Vital statistics of India. Vol. IV, Annual returns from 1871 to 1876. British Army of India, Native Army and jails of Bengal
Year: 1871
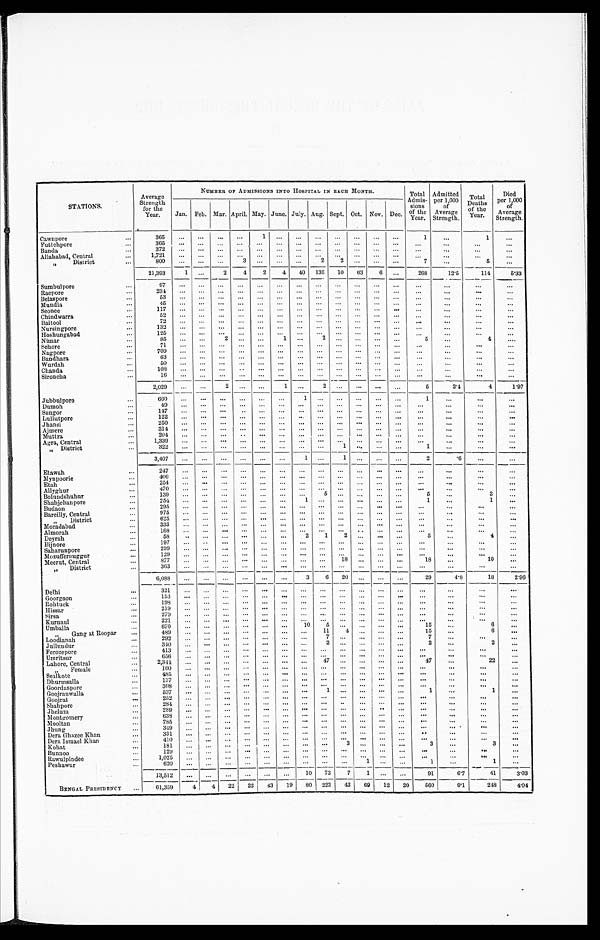
STATIONS.
Average
Strength
for the
Year.
NUMBER OF ADMISSIONS INTO HOSPITAL IN BACH MONTH.
Total
Admis-
sions of the
Year.
Admitted
per 1, 000 of Average St rengt h.
Total
Deaths
of the
Year.
Died
per 1, 000 of Average St rengt h.
Jan. Feb. Mar. April. May. June. July. Aug. Sept. Oct. Nov. Dec.
Cawnpore . . .
365
. . .
. . .
. . .
. . .
1
. . .
. . .
. . .
. . .
. . .
. . .
. . .
1
. . .
1
. . .
F u t t e h p o r e . . .
3 6 5
. . . . . .
. . .
. . .
. . .
. . .
. . .
. . .
. . . . . .
. . .
. . . . . .
. . .
. . .
. . .
Banda . . .
372
. . .
. . .
. . .
. . .
. . .
. . .
. . .
. . .
. . .
. . .
. . .
. . .
. . . . . .
. . .
. . .
Allahabad, Central . . .
1 , 7 2 1
. . . . . .
. . .
. . .
. . .
. . .
. . .
. . .
. . .
. . .
. . .
. . .
. . .
. . .
. . .
. . .
" District . . .
8 0 0
. . .
. . .
. . .
3
. . .
. . .
. . .
2
2
. . .
. . .
. . .
7
. . .
5
. . .
21,393
1
. . .
2
4
2
4
40
136
10
63
6
. . .
268
12.5
114 5.33
Sumbulpore . . .
97
. . .. . .
. . .
. . .
. . .
. . .
. . .
. . .
. . .
. . .
. . .
. . .
. . .
. . .
. . .
. . .
R a e p o r e . . .
2 3 4
. . .. . .
. . .
. . .
. . .
. . .
. . .
. . .
. . .
. . .
. . .
. . .
. . .
. . .
. . .
. . .
Belaspore . . .
5 3
. . .. . .
. . .
. . .
. . .
. . .
. . .
. . .
. . .
. . .
. . .
. . .
. . .
. . .
. . .
. . .
Mundla . . .
4 5
. . .. . .
. . .
. . .
. . .
. . .
. . .
. . .
. . .
. . .
. . .
. . .
. . .
. . .
. . .
. . .
Seonee . . .
1 1 7
. . .. . .
. . .
. . .
. . .
. . .
. . .
. . .
. . .
. . . . . .
. . .
. . . . . .
. . .
. . .
Chindwarra . . .
5 2
. . .. . .
. . .
. . .
. . .
. . .
. . .
. . .
. . .
. . .
. . .
. . .
. . .
. . .
. . .
. . .
Baitool . . .
7 2
. . .. . .
. . .
. . .
. . .
. . .
. . .
. . .
. . .
. . .
. . .
. . .
. . .
. . .
. . .
. . .
Nursingpore . . .
1 3 2
. . .. . .
. . .
. . .
. . .
. . .
. . .
. . .
. . .
. . .
. . .
. . .
. . . . . .
. . .
. . .
Hoshungabad . . .
1 2 5
. . .. . .
. . .
. . .
. . .
. . .
. . .
. . .
. . .
. . .
. . .
. . .
. . .
. . .
. . .
. . .
Nimar . . .
8 5
. . .. . .
2
. . .
. . .
1
. . .
2
. . .
. . .
. . .
. . .
5
. . .
4
. . .
Sehore . . .
7 1
. . .. . .
. . .
. . .
. . .
. . .
. . .
. . .
. . .
. . .
. . .
. . .
. . .
. . .
. . .
. . .
Nagpore . . .
7 0 9
. . .. . .
. . .
. . .
. . .
. . .
. . .
. . .
. . .
. . .
. . .
. . .
. . .
. . .
. . .
. . .
Bandhara . . .
6 3
. . .. . .
. . .
. . .
. . .
. . .
. . .
. . .
. . .
. . .
. . .
. . .
. . . . . .
. . .
. . .
W u r d a h . . .
5 0
. . .. . .
. . .
. . .
. . .
. . .
. . .
. . .
. . .
. . .
. . .
. . .
. . .
. . .
. . .
. . .
Chanda . . .
1 0 8
. . .. . .
. . .
. . .
. . .
. . .
. . .
. . .
. . .
. . .
. . .
. . .
. . . . . .
. . .
. . .
Sironcha . . .
1 6
. . .. . .
. . .
. . .
. . .
. . .
. . .
. . .
. . .
. . .
. . .
. . .
. . .
. . .
. . .
. . .
2 , 2 0 9
. . .
. . . 2
. . .
. . .
1
. . .
2
. . .
. . .
. . .
. . .
5
2.4
4
1 . 9 7
Jubbulpore . . .
6 6 0
. . .. . .
. . .
. . .
. . .
. . .
1
. . .
. . .
. . .
. . .
. . .
1
. . .
. . .
. . .
Dumoh . . .
4 9
. . .. . .
. . .
. . .
. . .
. . .
. . .
. . .
. . .
. . .
. . .
. . .
. . .
. . .
. . .
. . .
S a u g o r . . .
1 4 7
. . .. . .
. . .
. . .
. . .
. . .
. . .
. . .
. . .
. . .
. . .
. . . . . .
. . .
. . .
. . .
1 2 2
. . .. . .
. . .
. . .
. . .
. . .
. . .
. . .
. . .. . .
. . .
. . .
. . .
. . .
. . .
. . .
Lullutpore . . .
Jhansi . . .
2 5 0
. . .. . .
. . .
. . .
. . .
. . .
. . .
. . .
. . .. . .
. . .
. . . . . .
. . .
. . .
. . .
Ajmere . . .
3 1 4
. . .. . .
. . .
. . .
. . .
. . .
. . .
. . .
. . .. . .
. . .
. . .
. . .
. . .
. . .
. . .
Muttra . . .
2 0 4
. . .. . .
. . .
. . .
. . .
. . .
. . .
. . .
. . .. . .
. . .
. . .
. . . . . .
. . .
. . .
Agra, Central
1 , 3 3 9
. . .. . .
. . .
. . .
. . .
. . .
. . .
. . .
. . .. . .
. . .
. . .
. . .
. . .
. . .
. . .
" District . . .
3 2 2
. . .. . .
. . .
. . .
. . .
. . .
. . .
. . .
1 . . .
. . .
. . .
1
. . .
. . .
. . .
3,407
. . .
. . .
. . .
. . .
. . .
. . .
1
. . .
1
. . .
. . .
. . .
2
.6
. . .
. . .
Etawah . . .
2 4 7
. . .
. . . . . .
. . .
. . .
. . .
. . .
. . .
. . .
. . .
. . .
. . .
. . .
. . .
. . .
. . .
4 0 6
. . .
. . . . . .
. . .
. . .
. . .
. . .
. . .
. . .
. . .
. . .
. . .
. . .
. . .
. . .
. . .
M y n p o o r i e . . .
2 5 4
. . .
. . . . . .
. . .
. . .
. . .
. . .
. . .
. . . . . .
. . .
. . .
. . . . . .
. . .
. . .
Etah . . .
4 7 0
. . .
. . . . . .
. . .
. . .
. . .
. . .
. . .
. . . . . .
. . .
. . .
. . .
. . .
. . .
. . .
Allyghur . . .
1 3 9
. . .
. . . . . .
. . .
. . .
. . .
. . .
5
. . . . . .
. . .
. . .
5 . . .
3
. . .
Bolundshuhur . . .
2 5 4
. . .
. . . . . .
. . .
. . .
. . .
1
. . .
. . .
. . .
. . .
. . .
1
. . .
1
. . .
Shahjehnpore . . .
2 9 5
. . .
. . . . . .
. . .
. . .
. . .
. . .
. . .
. . .
. . .
. . .
. . .
. . .
. . .
. . . . . .
Budaon . . .
9 7 5
. . .
. . . . . .
. . .
. . .
. . .
. . .
. . .
. . .
. . .
. . .
. . .
. . .
. . .
. . .
. . .
Bareilly, Central . . .
6 2 5
. . .
. . . . . .
. . .
. . .
. . .
. . .
. . .
. . .
. . .
. . .
. . .
. . .
. . .
. . .
. . .
" District . . .
3 3 3
. . .
. . . . . .
. . .
. . .
. . .
. . .
. . .
. . .
. . .
. . .
. . .
. . . . . .
. . .
. . .
Moradabad . . .
Almorah . . .
1 6 8
. . .
. . . . . .
. . .
. . .
. . .
. . .
. . .
. . . . . .
. . .
. . .
. . .
. . .
. . .
. . .
Deyrah . . .
58
. . .
. . .
. . .
. . .
. . .
. . .
2
1
2
. . .
. . .
. . .
5
. . .
4
. . .
1 9 7
. . .
. . .. . .
. . .
. . .
. . .
. . .
. . .
. . . . . .
. . .
. . .
. . .
. . .
. . .
. . .
Bijnore . . .
2 9 9
. . .
. . .. . .
. . .
. . .
. . .
. . .
. . .
. . .
. . .
. . .
. . .
. . .
. . .
. . .
. . .
Saharunpore . . .
1 2 9
. . .
. . .. . .
. . .
. . .
. . .
. . .
. . .
. . . . . .
. . .
. . .
. . .
. . .
. . .
. . .
Mozuffernuggur . . .
8 7 7
. . .
. . .. . .
. . .
. . .
. . .
. . .
. . .
18
. . .
. . .
. . .
18
. . .
10
. . .
Meerut, Central . . .
" District
. . . 363
. . .
. . .. . .
. . .
. . .
. . .
. . .
. . .
. . . . . .
. . .
. . .
. . .
. . .
. . .
. . .
6 , 0 8 8
. . .
. . .. . .
. . .
. . .
. . .
3
6
2 0
. . .
. . .
. . .
29
4.8
18
2 . 9 6
Delhi . . .
3 2 1
. . .
. . .. . .
. . .. . .
. . .
. . .
. . .
. . .. . .
. . .
. . .
. . .
. . .
. . .
. . .
Goorgaon . . .
1 5 3
. . .
. . .. . .
. . .. . .
. . .
. . .
. . .
. . .. . .
. . .
. . .
. . .
. . . . . .
. . .
R o h t u c k . . .
1 9 8
. . .
. . .. . .
. . .. . .
. . .
. . .
. . .
. . .. . .
. . .
. . .
. . . . . .
. . .
. . .
Hissar . . .
2 1 9
. . .
. . .. . .
. . .
. . .
. . .
. . .
. . .
. . .
. . .
. . .
. . . . . .
. . .
. . .
. . .
Sirsa . . .
2 7 9
. . .
. . .. . .
. . . . . .
. . .
. . .
. . .
. . . . . .
. . .
. . .
. . .
. . .
. . .
. . .
Kurnaul . . .
2 2 1
. . .
. . .. . .
. . . . . .
. . .
. . .
. . .
. . . . . .
. . .
. . .
. . . . . .
. . .
. . .
Umballa . . .
6 7 0
. . .
. . .. . .
. . . . . .
. . .
10
5
. . . . . .
. . .
. . .
15
. . .
6
. . .
" G a n g a t R o o p a r . . .
4 8 9
. . .
. . .. . .
. . . . . .
. . .
. . . 11
4 . . .
. . .
. . .
15
. . .
6
. . .
L o o d i a n a h . . .
2 9 2
. . .
. . .. . .
. . . . . .
. . .
. . .
7
. . . . . .
. . .
. . .
7
. . .
. . .
. . .
Jullundur . . .
3 4 0
. . .
. . .. . .
. . .
. . .
. . .
. . .
2
. . .
. . .
. . .
. . .
2
. . .
2
. . .
Ferozepore . . .
4 1 3
. . .
. . .. . .
. . . . . .
. . .
. . .
. . .
. . . . . .
. . .
. . .
. . .
. . .
. . .
. . .
Uinritsur . . .
6 5 6
. . .
. . .. . .
. . . . . .
. . .
. . .
. . .
. . . . . .
. . .
. . .
. . .
. . .
. . .
. . .
Lahore, Central . . .
2 , 3 4 4
. . .
. . .. . .
. . . . . .
. . .
. . .
4 7
. . . . . .
. . .
. . .
47 . . .
22
. . .
" F e m a l e . . .
1 6 0
. . .
. . .. . .
. . . . . .
. . .
. . .
. . .
. . .
. . .
. . .
. . .
. . .
. . .
. . .
. . .
Sealkote . . .
4 8 5
. . .
. . .. . .
. . . . . .
. . .
. . .
. . .
. . . . . .
. . .
. . .
. . . . . .
. . . . . .
Dhurmsalla . . .
1 3 7
. . .
. . .. . .
. . . . . .
. . .
. . .
. . .
. . . . . .
. . .
. . .
. . .
. . .
. . .
. . .
Goordaspore . . .
3 0 8
. . .
. . .. . .
. . . . . .
. . .
. . .
. . .
. . . . . .
. . .
. . . . . .
. . .
. . .
. . .
Goojranwalla . . .
5 3 7
. . .
. . .. . .
. . . . . .
. . .
. . .
1
. . . . . .
. . .
. . .
1
. . .
1
. . .
Goojrat . . .
2 5 2
. . .
. . .. . .
. . . . . .
. . .
. . .
. . .
. . . . . .
. . .
. . .
. . . . . .
. . .
. . .
Shahpore . . .
2 8 4
. . .
. . .. . .
. . . . . .
. . .
. . .
. . .
. . . . . .
. . .
. . .
. . .
. . .
. . .
. . .
Jhelum . . .
2 8 9
. . .
. . .. . .
. . . . . .
. . .
. . .
. . .
. . . . . .
. . .
. . .
. . .
. . .
. . .
. . .
Montgomery . . .
6 3 8
. . .
. . .. . .
. . . . . .
. . .
. . .
. . .
. . . . . .
. . .
. . .
. . .
. . .
. . .
. . .
Mooltan . . .
7 8 5
. . .
. . .. . .
. . . . . .
. . .
. . .
. . .
. . . . . .
. . .
. . .
. . . . . .
. . . . . .
Jhung . . .
3 4 9
. . .
. . .. . .
. . . . . .
. . .
. . .
. . .
. . . . . .
. . .
. . . . . .
. . .
. . . . . .
Dera Ghazee Khan . . .
3 3 1
. . .
. . .. . .
. . . . . .
. . .
. . .
. . .
. . . . . .
. . .
. . .
. . .
. . .
. . .
. . .
Dera Ismael Khan . . .
4 1 0
. . .
. . .
. . .
. . . . . .
. . .
. . .
. . .
. . . . . .
. . .
. . .
. . . . . .
. . . . . .
Kohat . . .
1 8 1
. . .
. . .
. . .
. . . . . .
. . .
. . .
. . .
3
. . .
. . .
. . .
3
. . .
3
. . .
Bunnoo . . .
1 2 9
. . .
. . .
. . .
. . . . . .
. . .
. . .
. . .
. . .. . .
. . .
. . .
. . .
. . .
. . . . . .
Rawulpindee . . .
1 , 0 2 5
. . .
. . .
. . .
. . . . . .
. . .
. . .
. . .
. . .. . .
. . .
. . . . . .
. . .
. . . . . .
Peshawur . . .
6 2 0
. . .
. . .
. . .
. . . . . .
. . .
. . .
. . .
. . .
1
. . .
. . .
1
. . .
1
. . .
1 3 , 5 1 2
. . .
. . .
. . .
. . .
. . .
. . .
10
73
7
1
. . .
. . .
91
6.7
41
3 . 0 3
BENGAL PRESIDENCY . . .
61,359
4
4
22
22
4 3
19
80
223
42
6 9
12
20
560 9.1
248
4 . 0 4